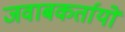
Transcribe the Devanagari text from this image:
जवाबकर्तायों